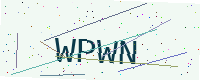
Text: WPWN